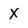
Character: X